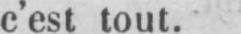
c’est tout.